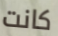
كانت